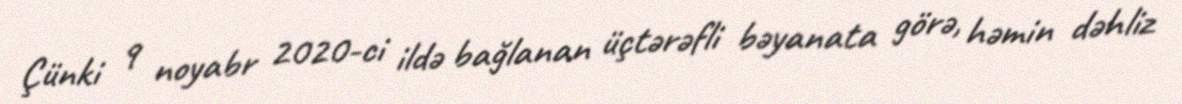
Çünki 9 noyabr 2020-ci ildə bağlanan üçtərəfli bəyanata görə, həmin dəhliz